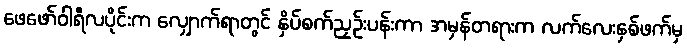
ဖေဖော်ဝါရီလပိုင်းက လျှောက်ရာတွင် နှိပ်စက်ညှဉ်းပန်းကာ အမှန်တရားက လက်လေးနှစ်ဖက်မှ